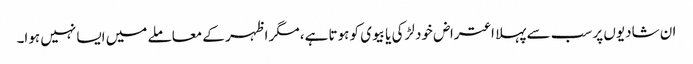
ان شادیوں پر سب سے پہلا اعتراض خود لڑکی یا بیوی کو ہوتا ہے، مگر اظہر کے معاملے میں ایسا نہیں ہوا۔